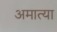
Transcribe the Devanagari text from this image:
अमात्या